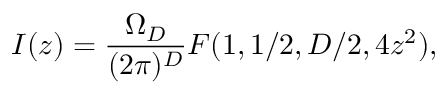
I ( z ) = { \frac { \Omega _ { D } } { ( 2 \pi ) ^ { D } } } F ( 1 , 1 / 2 , D / 2 , 4 z ^ { 2 } ) ,